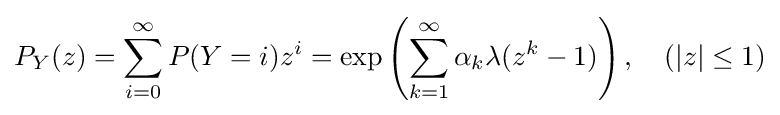
P_{Y}(z)=\sum \limits _{i=0}^{\infty }P(Y=i)z^{i}=\exp \left(\sum \limits _{k=1}^{\infty }\alpha _{k}\lambda (z^{k}-1)\right),\quad (|z|\leq 1)